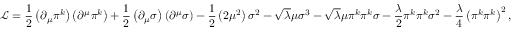
{ \mathcal { L } } = { \frac { 1 } { 2 } } \left( \partial _ { \mu } \pi ^ { k } \right) \left( \partial ^ { \mu } \pi ^ { k } \right) + { \frac { 1 } { 2 } } \left( \partial _ { \mu } \sigma \right) \left( \partial ^ { \mu } \sigma \right) - { \frac { 1 } { 2 } } \left( 2 \mu ^ { 2 } \right) \sigma ^ { 2 } - { \sqrt { \lambda } } \mu \sigma ^ { 3 } - { \sqrt { \lambda } } \mu \pi ^ { k } \pi ^ { k } \sigma - { \frac { \lambda } { 2 } } \pi ^ { k } \pi ^ { k } \sigma ^ { 2 } - { \frac { \lambda } { 4 } } \left( \pi ^ { k } \pi ^ { k } \right) ^ { 2 } ,